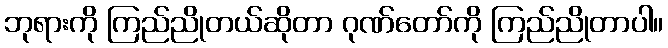
ဘုရားကို ကြည်ညိုတယ်ဆိုတာ ဂုဏ်တော်ကို ကြည်ညိုတာပါ။